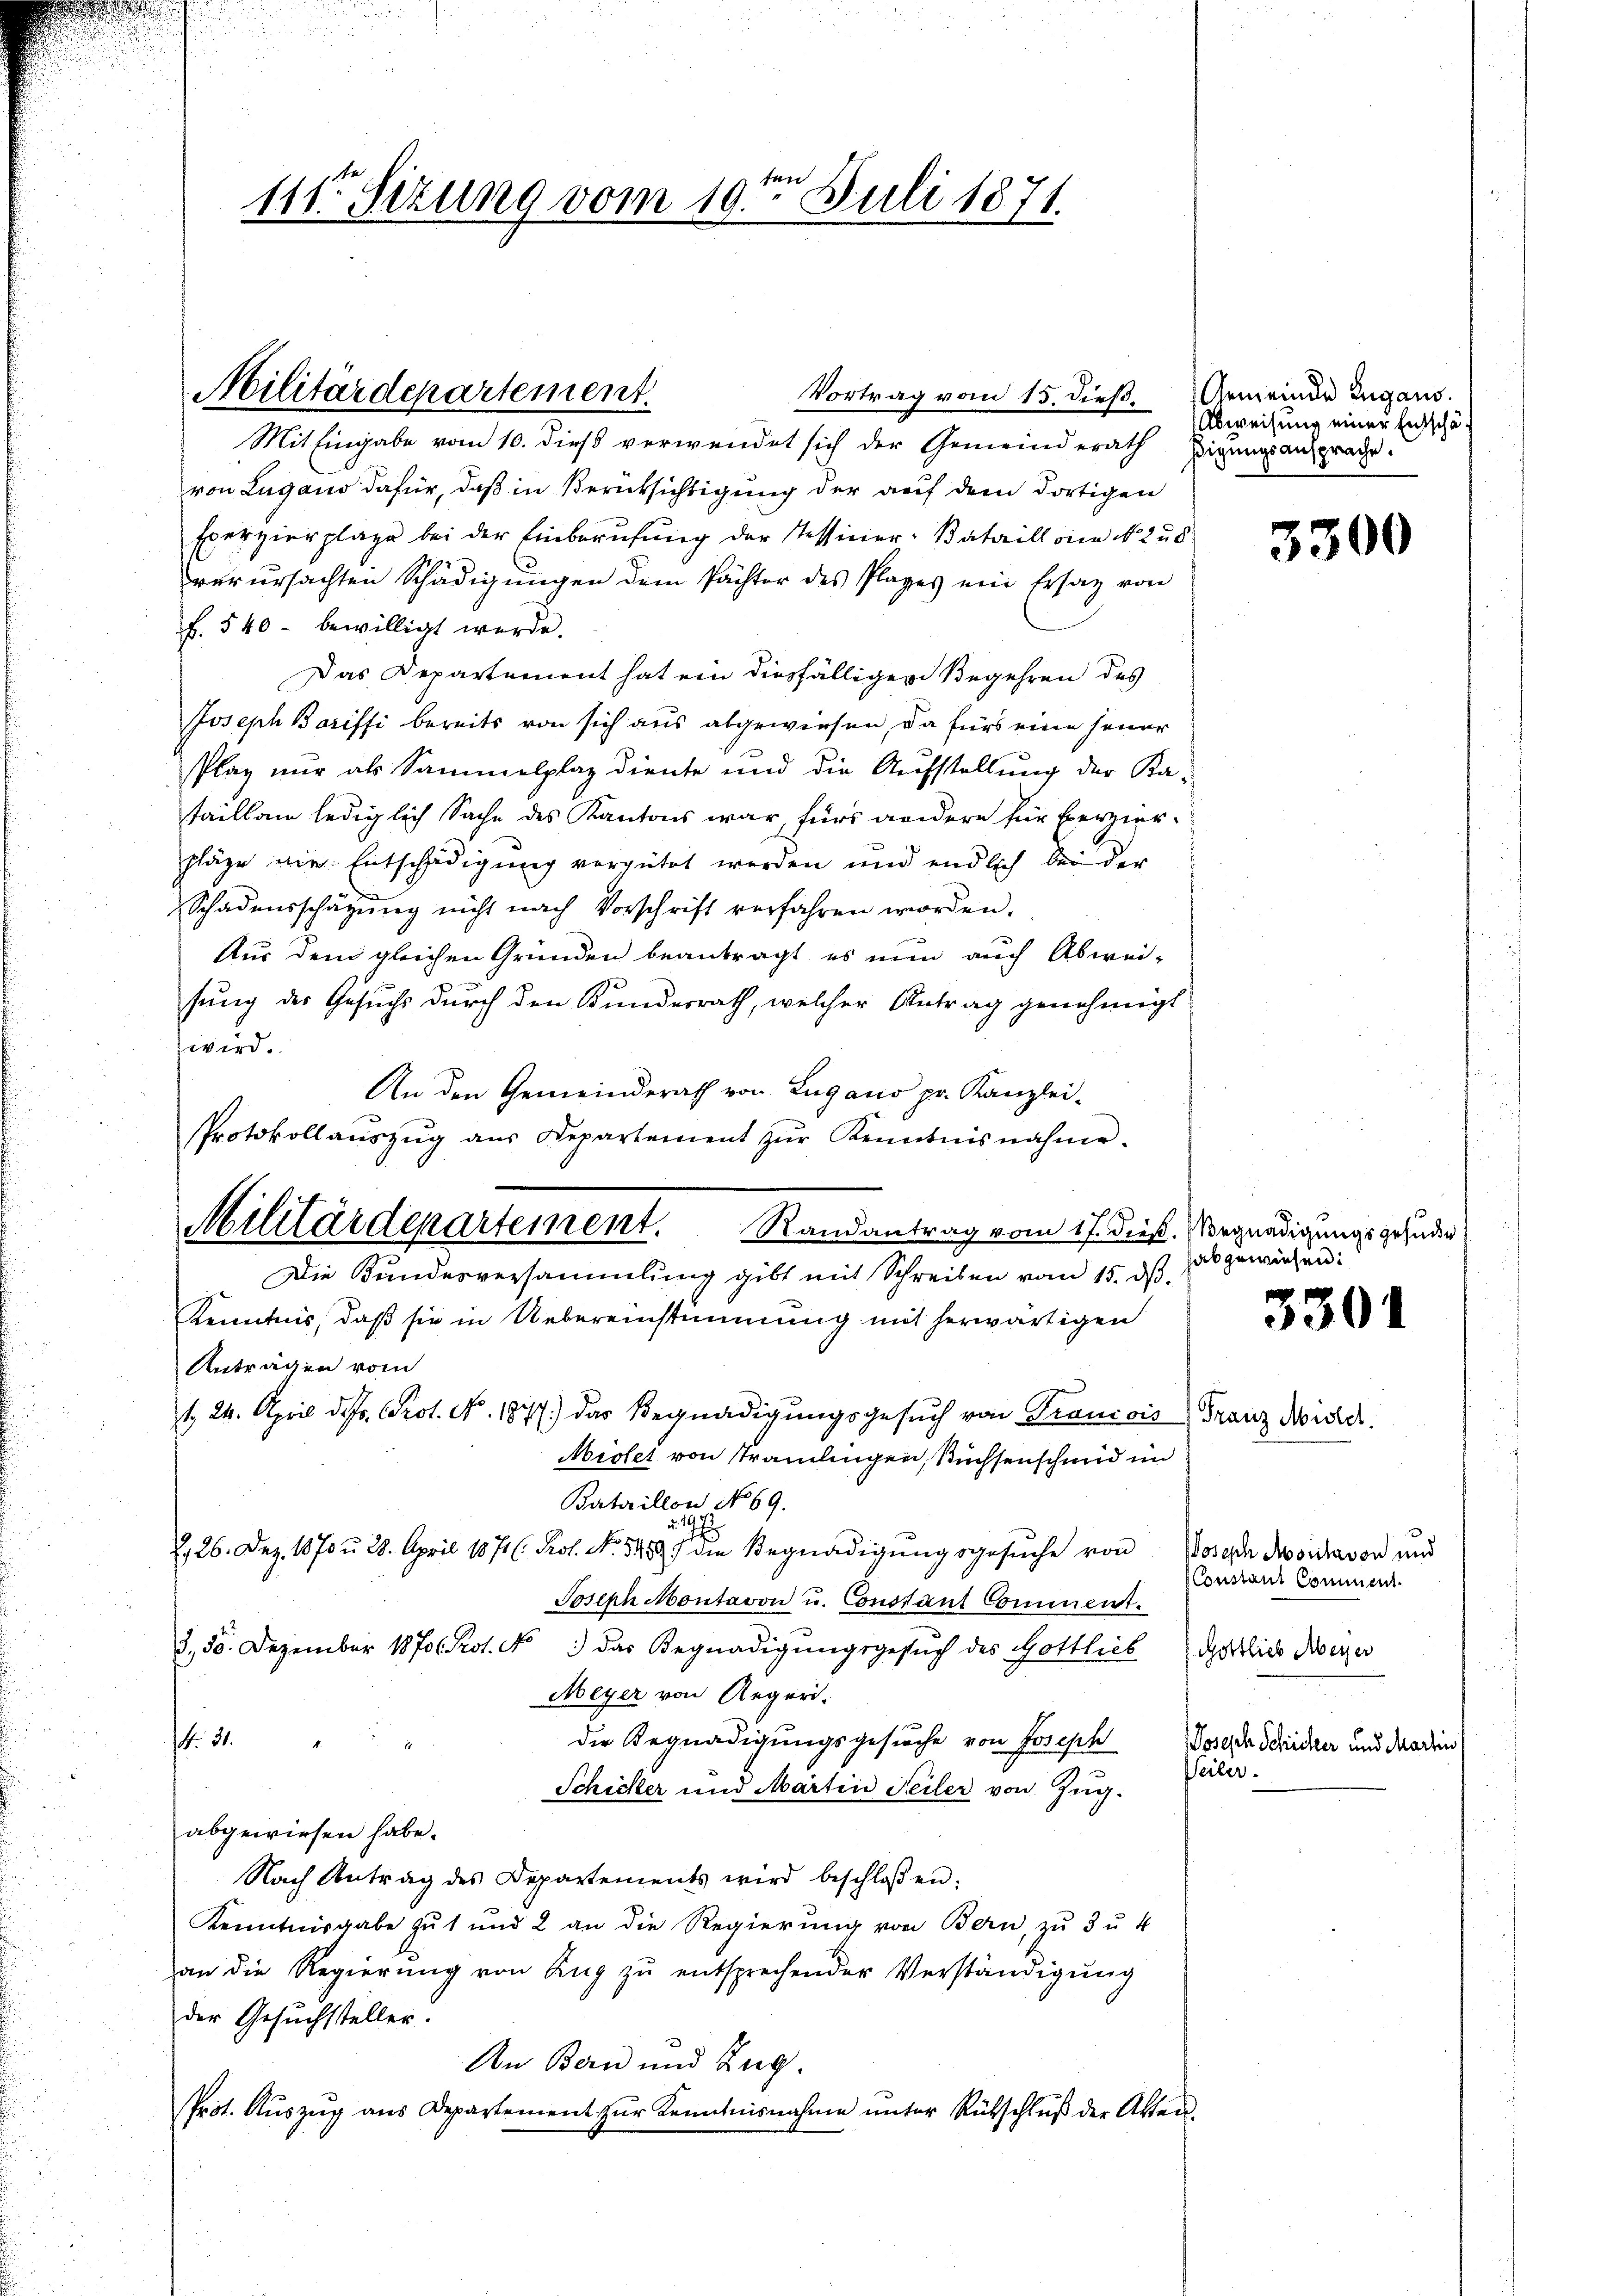
e
111ten Sizung vom 19. Juli 1871.

Mit Eingabe vom 10. dieß verwendet sich der Gemeinderath Zigungsansprache.
von Lugano dafür, daß in Berüksichtigung der auf dem dortigen
Exerzierplage bei der Einberufung der Tessiner-Bataillone No. 28
verursachten Schädigungen dem Pächter des Plages ein Ersatz von
f. 540 - bewilligt werde.
Das Departement hat ein diesfälligen Begehren des
Joseph Boriffi bereits von sich aus abgewiesen, da für eine jener
Plaz nur als Sammelplaz diente und die Aufstellung der Ka-
taillon lediglich Sache des Kantons war, fürs andere für Berzierpläge die Entschädigung vergütet worden und endlich bei der
Schadensschätzung nicht nach Vorschrift verfahren worden.
Aus dem gleichen Gründen beantragt es nun auch Abwei-
sung des Gesuchs durch den Kundesrath, welcher Antrag genehmigt.
wird.
An den Gemeinderath von Lugano pr. Kanzlei-
Kenntnis, daß sie in Uebereinstimmung mit herwärtigen
Anträgen vom
1. 24. April d. Js. Prot. No. 1877.) das Begnadigungsgesuch von Francois Franz Mister.
Aiolet von tramlingen, Küchsenschmid im
Bertarillon No 69.
1
2, 26. Dez. 1870 u. 28. April 1871 (: Prof. No. 5459) die Begnadigŭngsgesŭche von Josia Mosihaven und
Joseph Montavon u. Constant Comment.
3., 56. Dezember 18706. Prot. N. 3 das Begnadigungsgesŭch des Gottlieb Gottlich Meyer
Meyer von Regeri.
die Begnadigungsgesuche von Joseph
N 22
Schicker und Martin Teiler von Zug:
abgewiesen habe.
Nach Antrag des Departements wird beschloßen:
Kenntnisgabe zu 1 und 2 an die Regierung von Bern, zu 3 u. 4
an die Regierŭng von Zŭg zŭ entsprechender Verständigŭng
der Gesuchsteller.
An Bern und Leg.
Prot. Aŭszŭg ans Departement zŭr Kenntnisnahme ŭnter Rückschlŭβ der Akten.

Militärdepartement.

Protokollaŭszŭg aŭs Departement zŭr Kenntnisnahme.
Militärdepartement. Randantrag vom 17. dieß. Begnadigungsgelade
Die Kundesversammlung gibt mit Schreiben vom 15. ds.

Vortrag vom 15. dieß Gemeinde Zugans.

Abweisung einer Entschä¬

abgewiesen:

Constant Commen.
Joseph Schichter und Martin
Peiler.

3301

3300